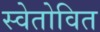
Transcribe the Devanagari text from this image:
स्वेतोवित